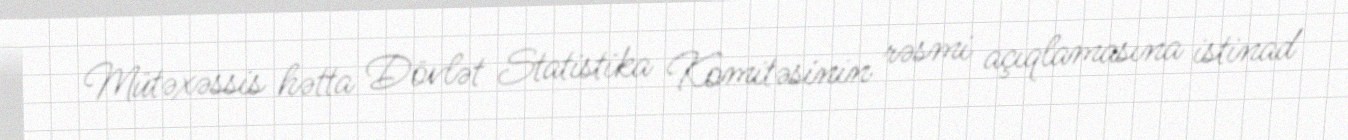
Mütəxəssis hətta Dövlət Statistika Komitəsinin rəsmi açıqlamasına istinad